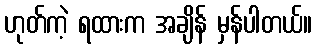
ဟုတ်ကဲ့ ရထားက အချိန် မှန်ပါတယ်။